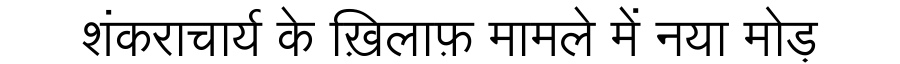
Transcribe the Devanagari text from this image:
शंकराचार्य के ख़िलाफ़ मामले में नया मोड़